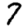
Digit: 7